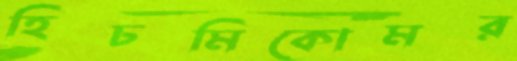
হিচমিকোমর